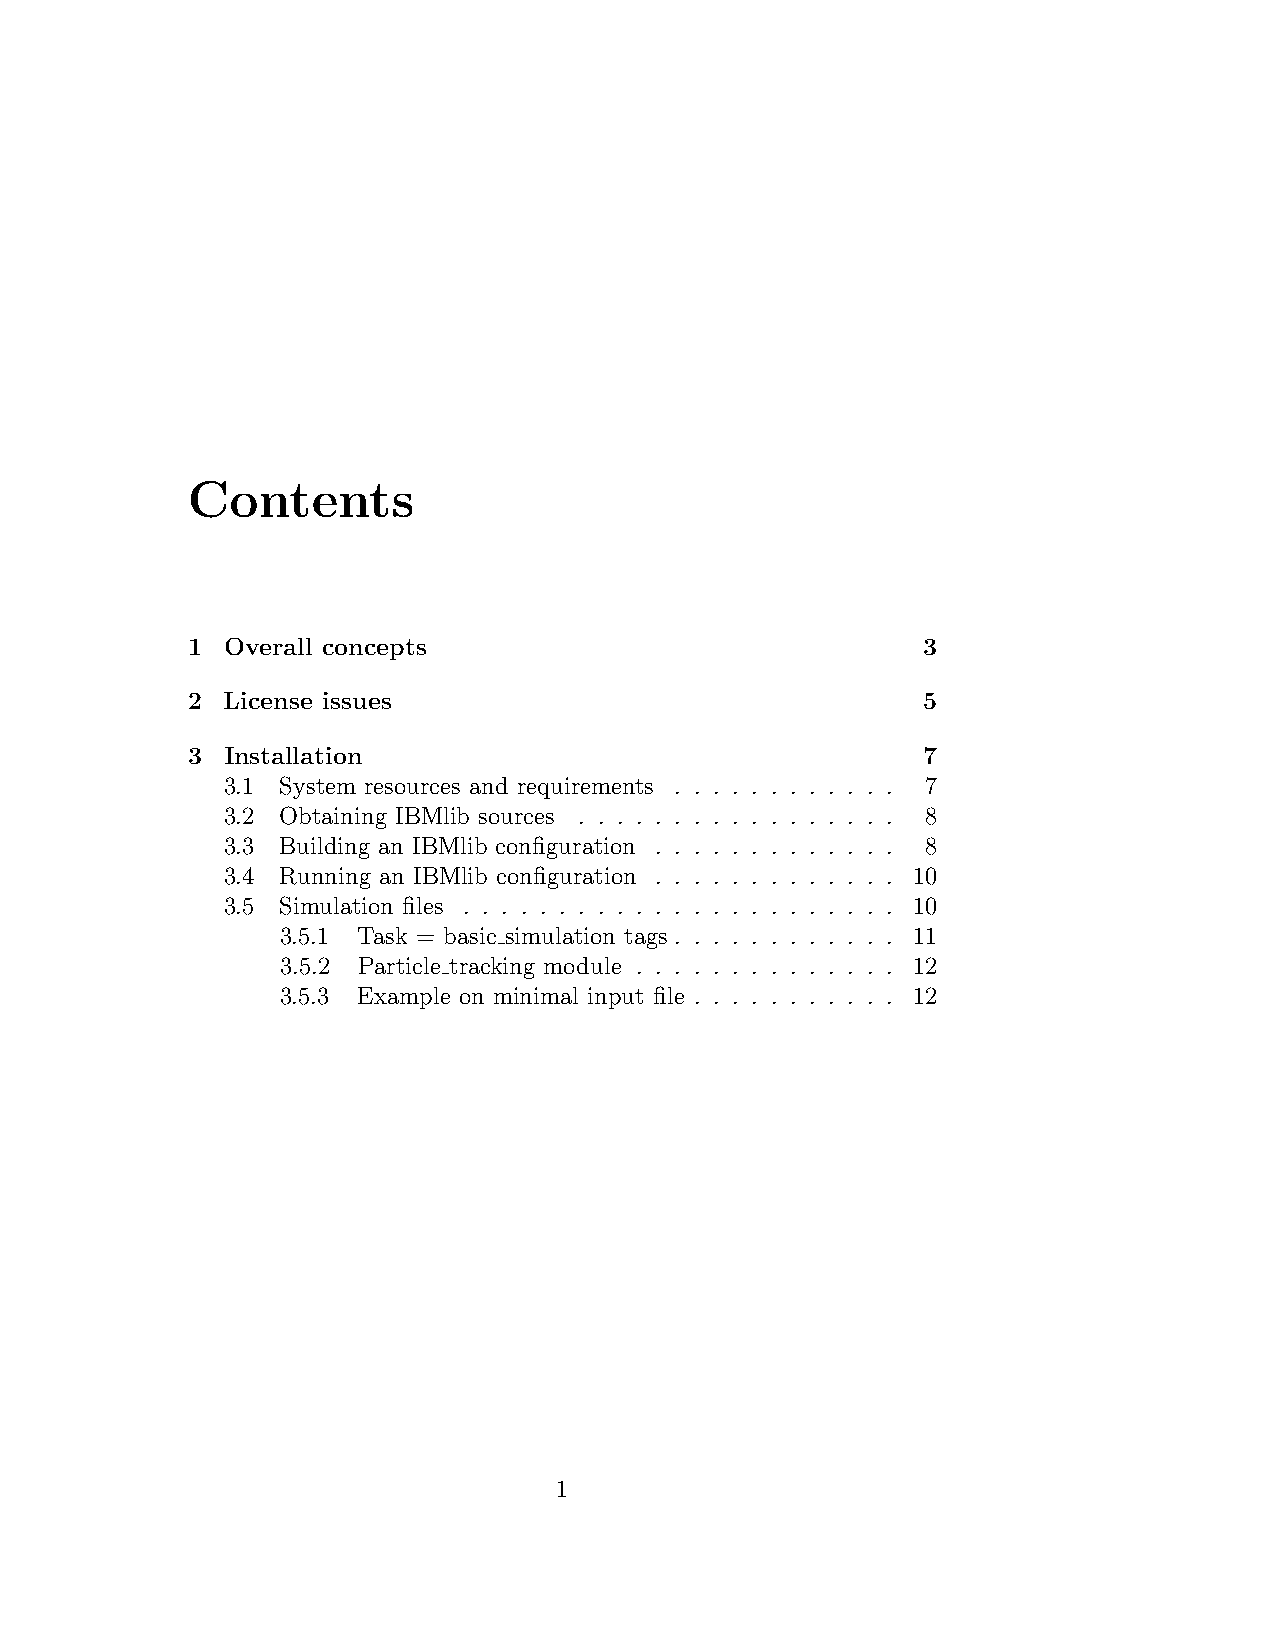
Contents
 1  Overall concepts                              3
 2  License issues                                5
 3  Installation                                  7
 3.1 System resources and requirements . . . . . . . . . . . . 7
 3.2 Obtaining IBMlib sources . . . . . . . . . . . . . . . . . 8
 3.3 Building an IBMlib configuration . . . . . . . . . . . . . 8
 3.4 Running an IBMlib configuration . . . . . . . . . . . . . 10
 3.5 Simulation files . . . . . . . . . . . . . . . . . . . . . . . 10
 3.5.1 Task = basic simulation tags . . . . . . . . . . . . 11
 3.5.2 Particle tracking module . . . . . . . . . . . . . . 12
 3.5.3 Example on minimal input file . . . . . . . . . . . 12
 1